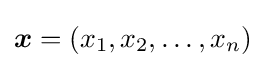
{\boldsymbol {x}}=(x_{1},x_{2},\ldots {},x_{n})